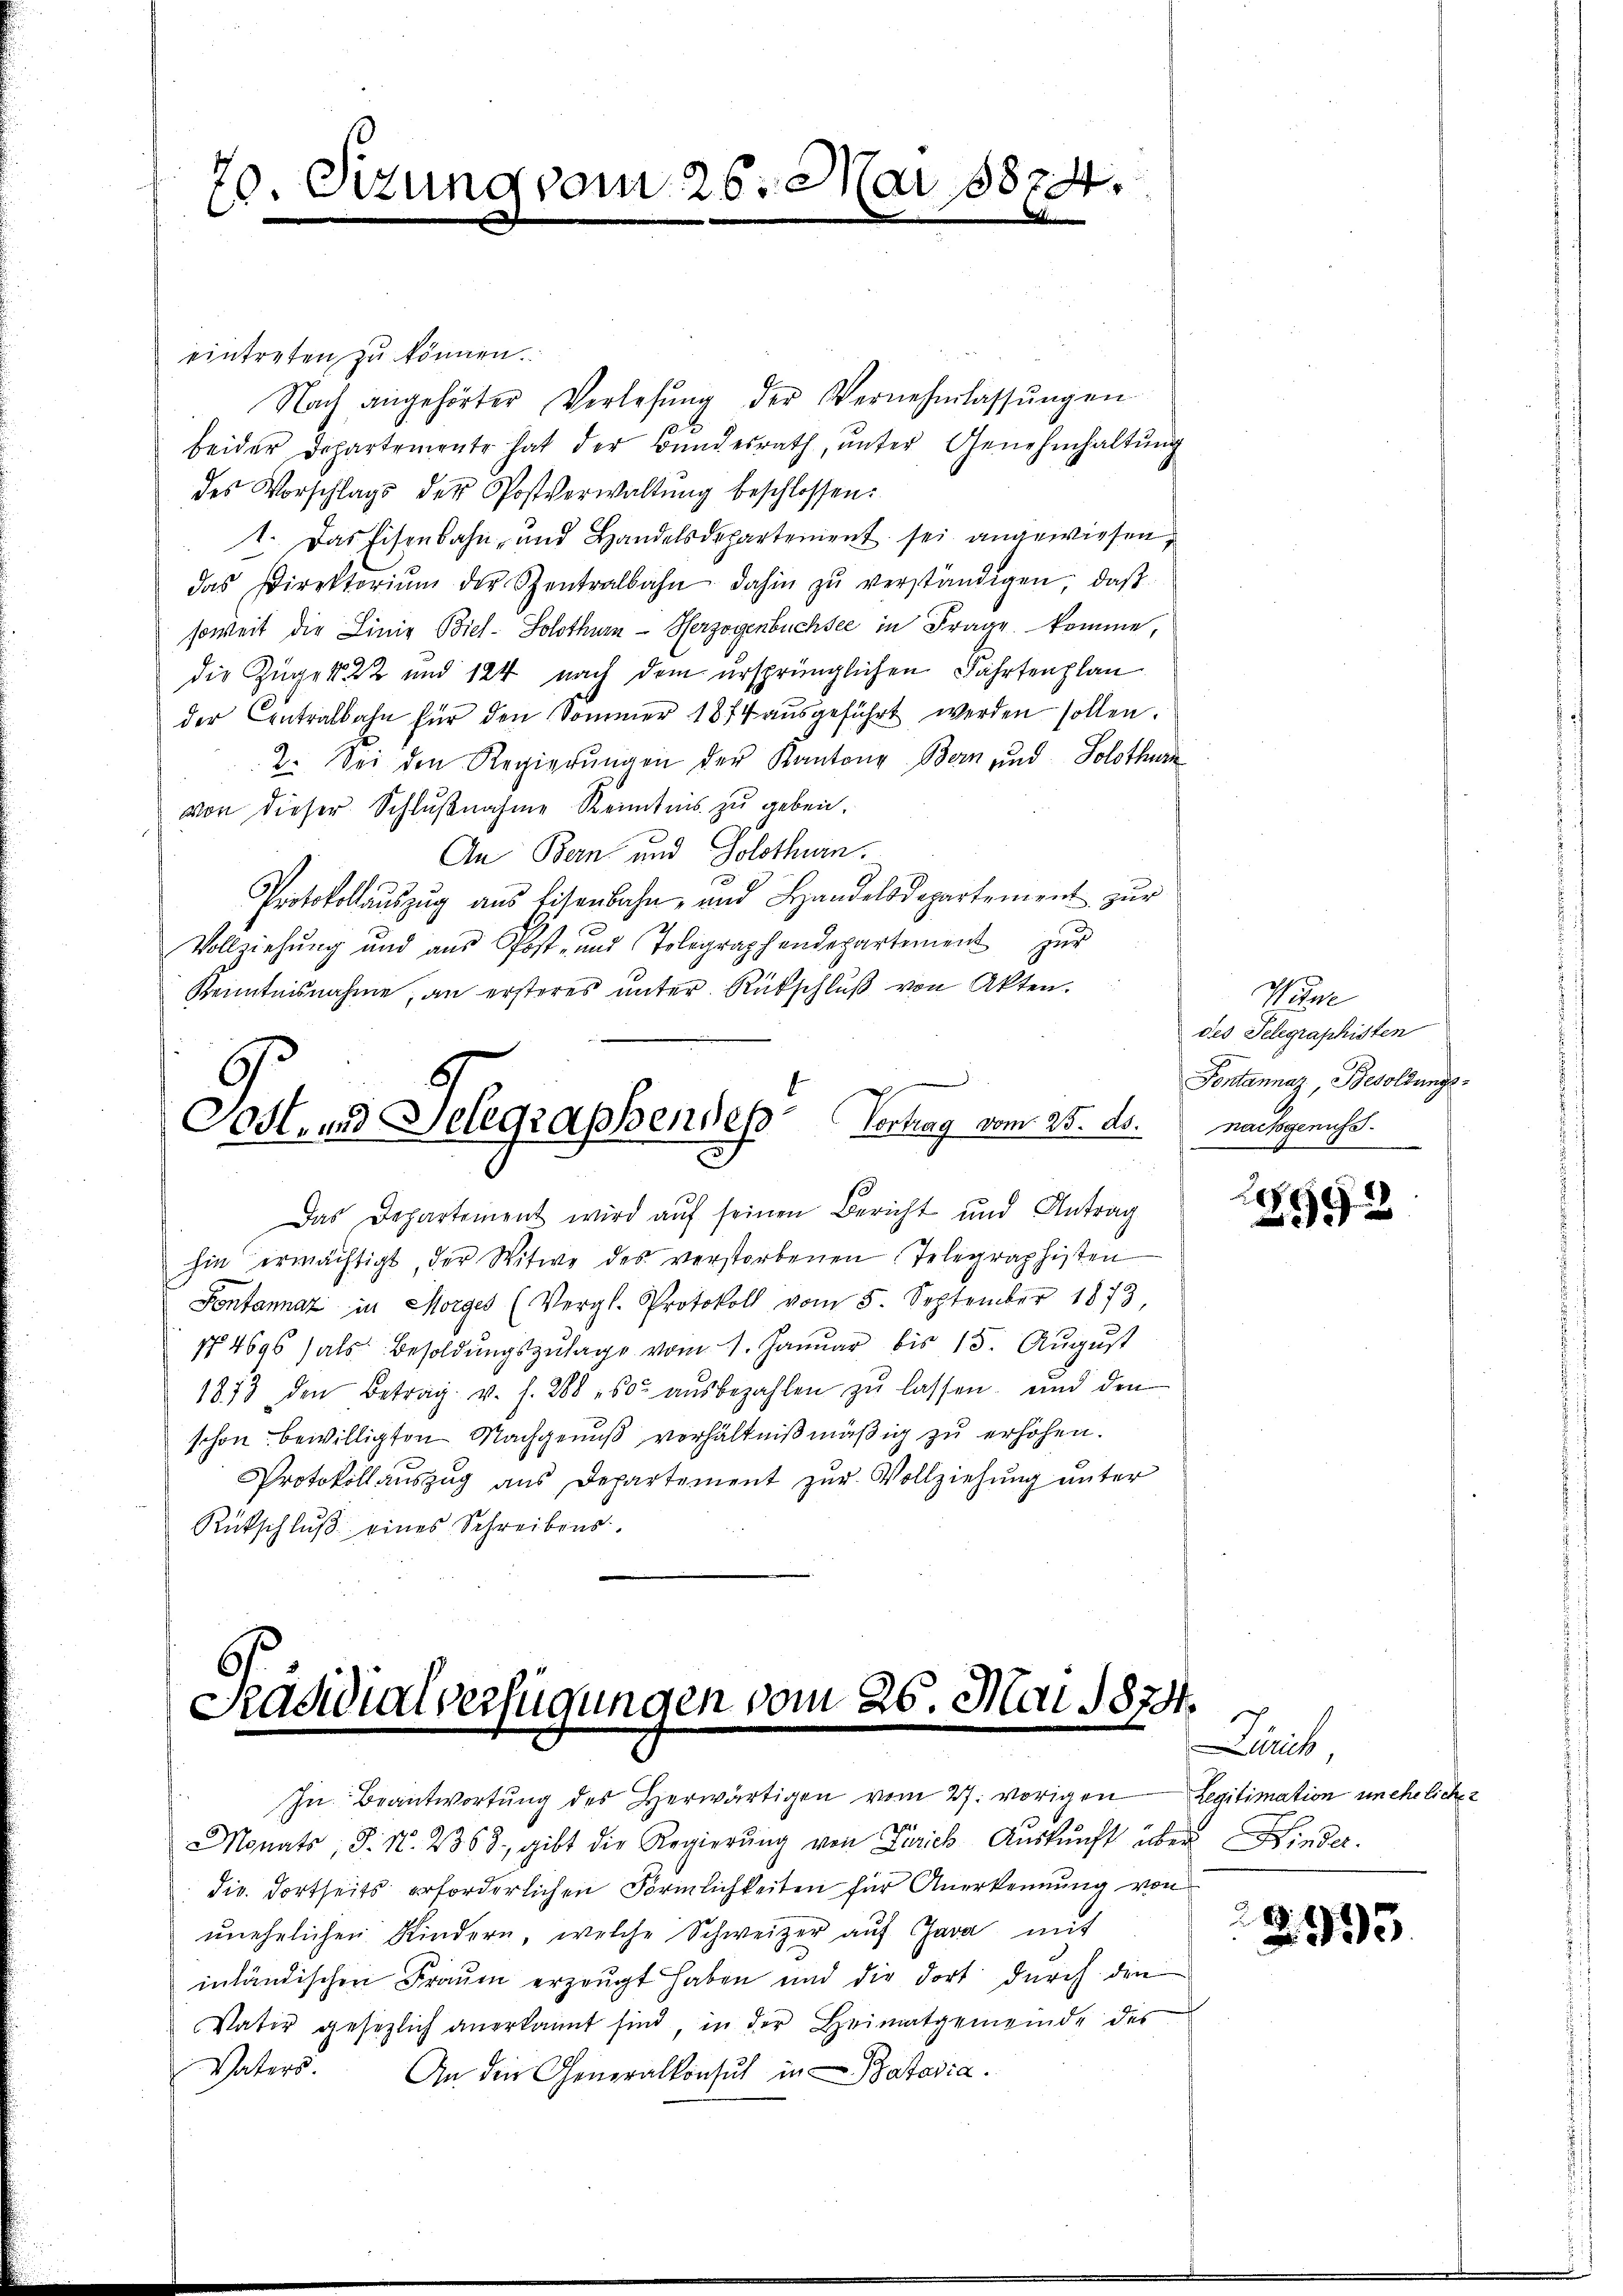
70. Sitzung vom 26. Mai 1874.
E

eintreten zu können.
Nach angehörter Verlesung der Vernehmlassungen
beider Departemente hat der Bŭndesrath, ŭnter Genehmhaltŭng
des Vorschlags der Postverwaltŭng beschlossen:
1. Das Eisenbahn- und Handelsdepartement sei angewiesen,
das Direktoriŭm der Centralbahn dahin zŭ verständigen, daβ
soweit die Linie Biel- Solothurn - Herzogenbüchsee in Frage komme,
die Zügen 22 und 124 nach dem ursprünglichen Fahrtenplan
der Centralbahn für den Sommer 1874 aŭsgeführt werden sollen.
2. Sei den Regierŭngen der Kantons Bern und Solothurn
von dieser Schlŭβnahme Kenntnis zu geben.
An Bern und Solothurn.
3
Protokollaŭszŭg aŭs Eisenbahn- und Handelsdepartement zŭr
Vollziehung und aŭs Post- und Tolegraphendepartement zŭr
Kenntnisnahme, an ersteres unter Rückschluß von Akten.
Post- und Gelegraphendes Vertrag vom 25. ds. nachgenuss
Das Departement wird aŭf seinen Bericht und Antrag
hin ermächtigt, der Witwe des verstorbenen Telegraphisten
Fontannaz in Morges (Vergl. Protokoll vom 5. September 1873,
4696 (als Besoldungszulage vom 1. Januar bis 15. August
1873 den Betrag v. s. 288 50. aŭsbezahlen zŭ lassen, und den
schon bewilligten Nachgenuß verhältnißmäßig zu erhöhen.
Protokollauszug aus Departement zur Vollziehung unter
Rückschlŭβ eines Schreibens

Präsidialverfügungen vom 26. Mai 1874.
In Beantwortung des Herwärtigen vom 27. vorigen Legitimation unehelicher

Monats, S. N. 2368, gibt die Regierŭng von Zürich, Aŭskŭnft über Hinder.
die dortseits erforderlichen Förmlichkeiten für Anerkennung von
unehelichen Kindern, welche Schweizer auf Java mit
inländischen Frauen erzeugt haben und die dort durch den
Vater gesezlich anerkannt sind, in der Heimatgemeinde des
Vaters. An die Generalkonsul in Batavia.

Witwe
des Telegraphisten
Fontannaz, Besoldungs¬

2
2992

Dait,

8
33